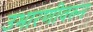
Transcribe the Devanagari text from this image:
उभारणीवरुन